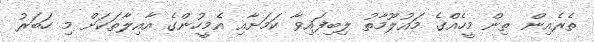
ތެރެއިން ތިން މީހެއްގެ މައުލޫމާތު ލިބިފައިވާ ކަމަށާއި އެމީހުންގެ އާއިލާތަކަށް މި ހަބަރު